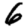
Digit: 6